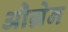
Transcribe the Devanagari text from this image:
औग्रेन